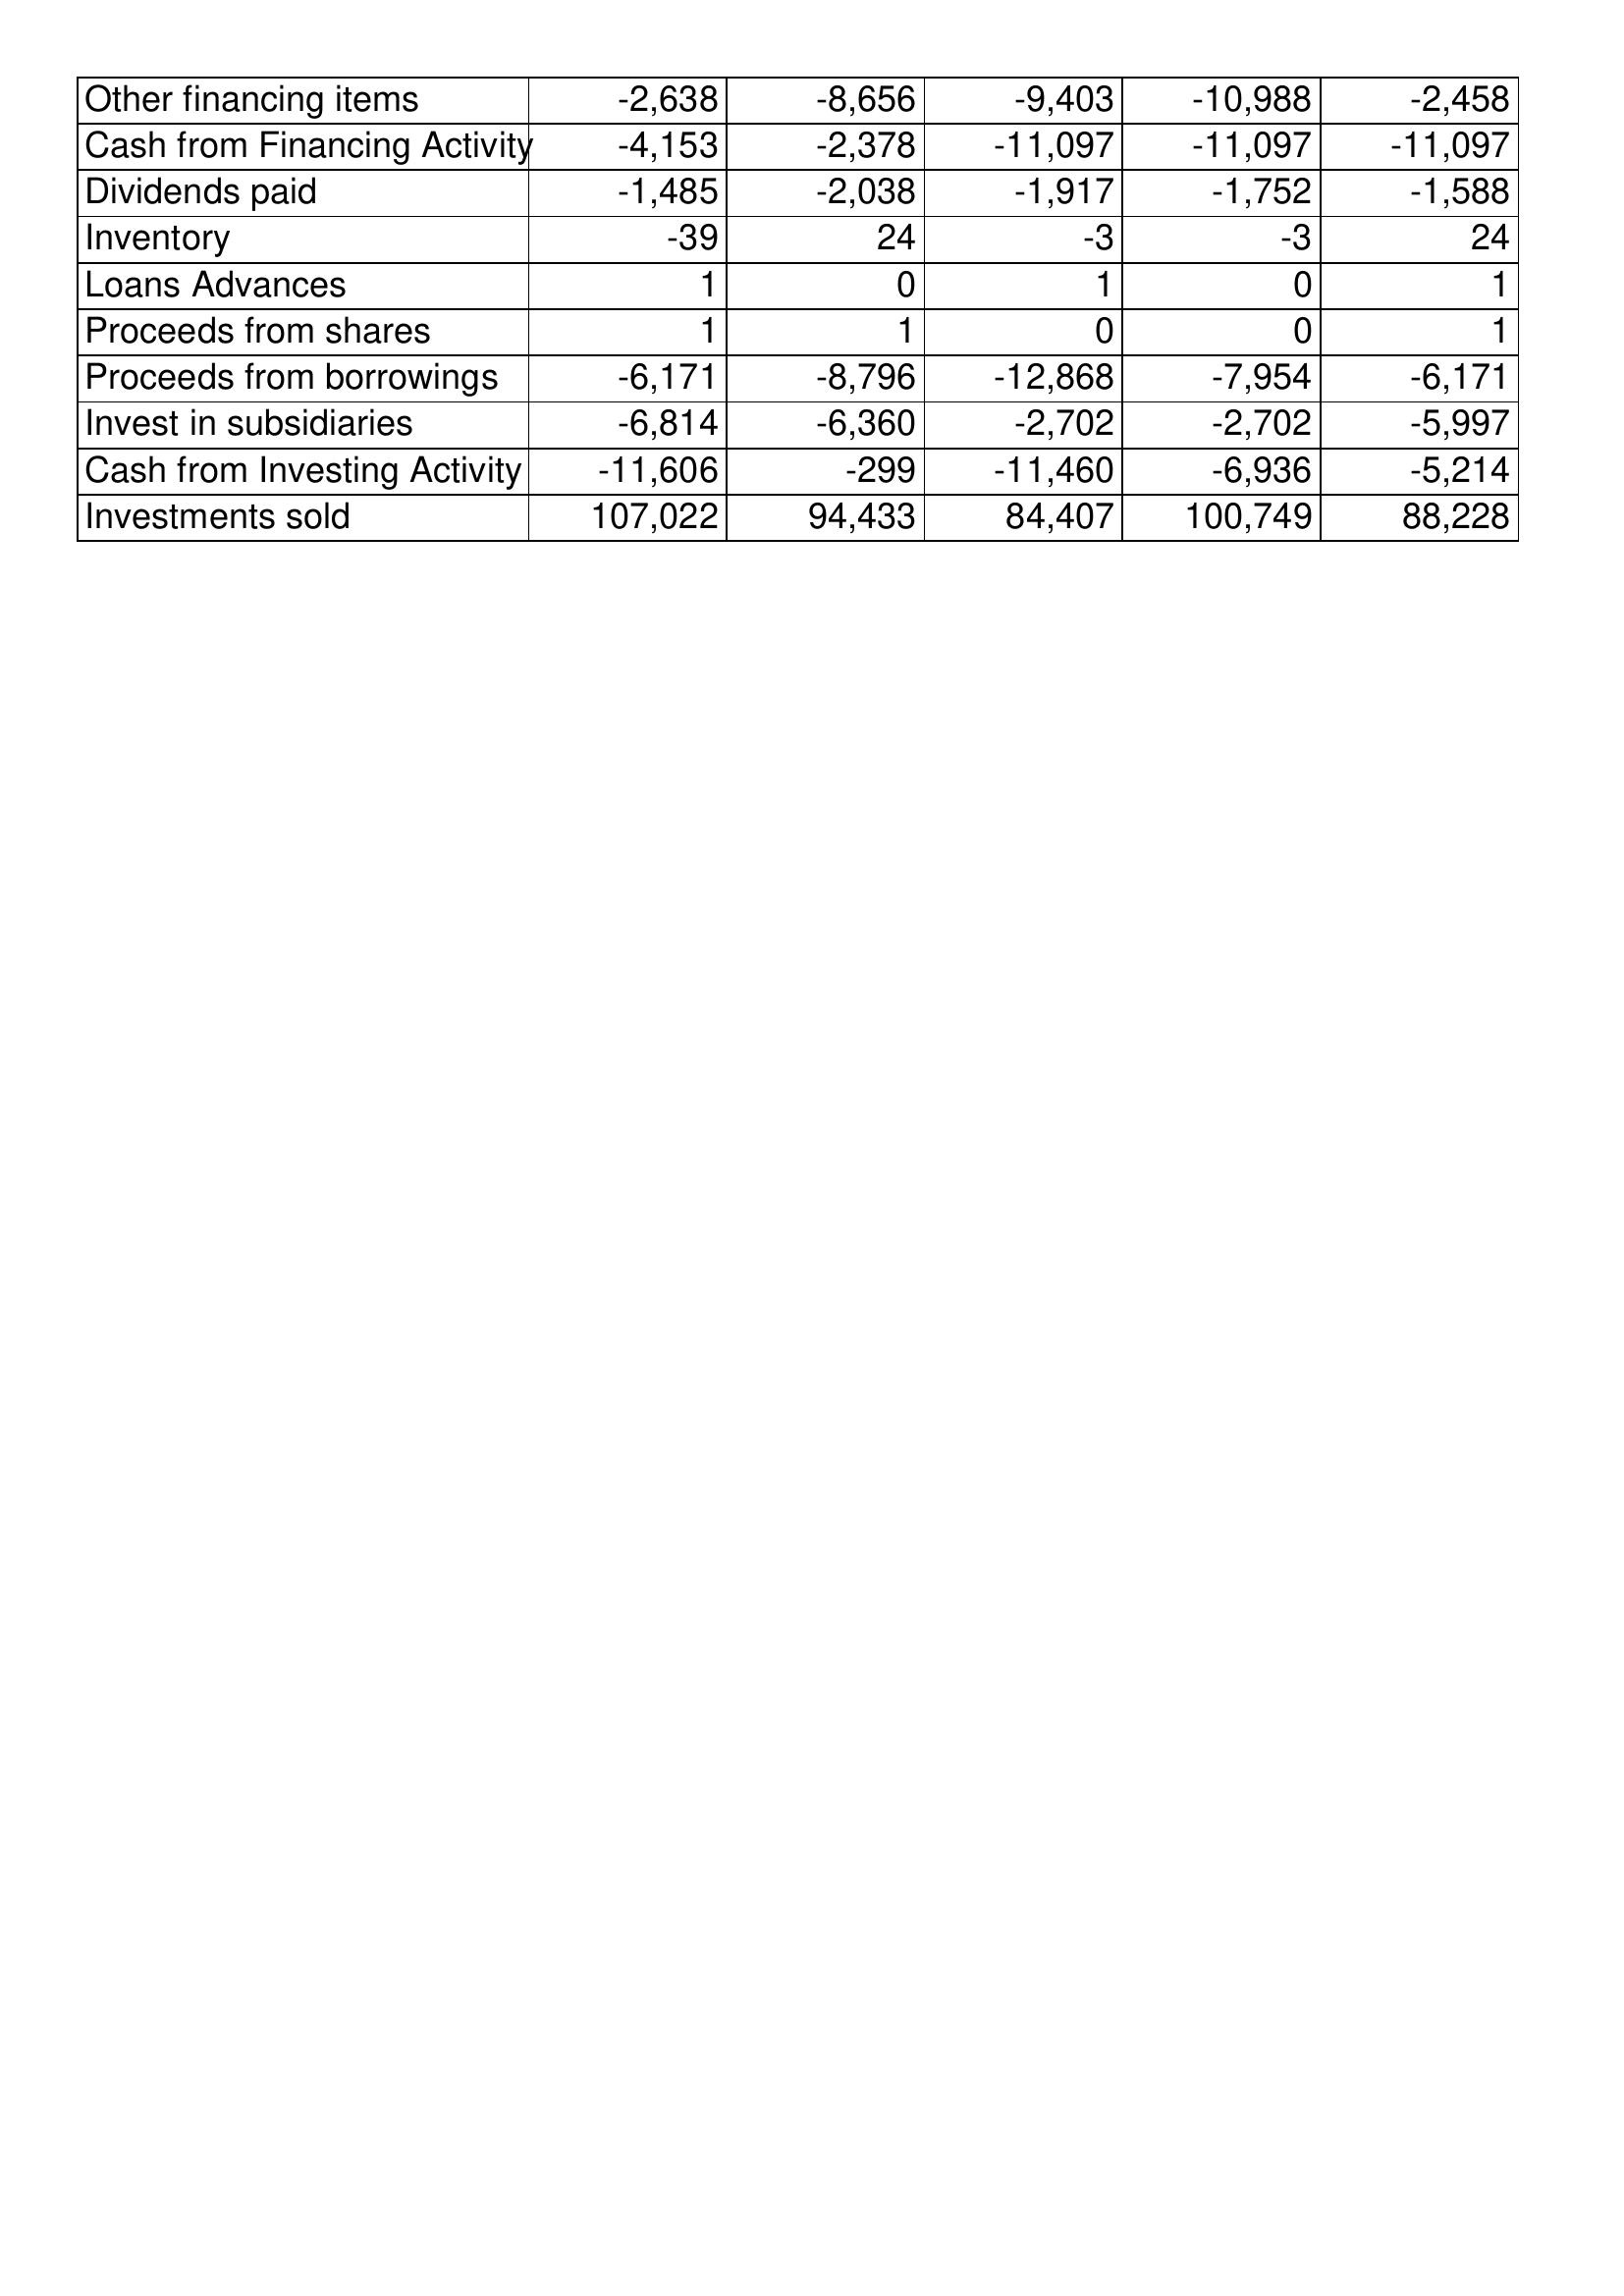
Apr-13: Cash Flows: Other financing items: -2,638
Cash from Financing Activity: -4,153
Dividends paid: -1,485
Inventory: -39
Loans Advances: 1
Proceeds from shares: 1
Proceeds from borrowings: -6,171
Invest in subsidiaries: -6,814
Cash from Investing Activity: -11,606
Investments sold: 107,022
Apr-12: Cash Flows: Other financing items: -8,656
Cash from Financing Activity: -2,378
Dividends paid: -2,038
Inventory: 24
Loans Advances: 0
Proceeds from shares: 1
Proceeds from borrowings: -8,796
Invest in subsidiaries: -6,360
Cash from Investing Activity: -299
Investments sold: 94,433
Apr-11: Cash Flows: Other financing items: -9,403
Cash from Financing Activity: -11,097
Dividends paid: -1,917
Inventory: -3
Loans Advances: 1
Proceeds from shares: 0
Proceeds from borrowings: -12,868
Invest in subsidiaries: -2,702
Cash from Investing Activity: -11,460
Investments sold: 84,407
Apr-10: Cash Flows: Other financing items: -10,988
Cash from Financing Activity: -11,097
Dividends paid: -1,752
Inventory: -3
Loans Advances: 0
Proceeds from shares: 0
Proceeds from borrowings: -7,954
Invest in subsidiaries: -2,702
Cash from Investing Activity: -6,936
Investments sold: 100,749
Apr-09: Cash Flows: Other financing items: -2,458
Cash from Financing Activity: -11,097
Dividends paid: -1,588
Inventory: 24
Loans Advances: 1
Proceeds from shares: 1
Proceeds from borrowings: -6,171
Invest in subsidiaries: -5,997
Cash from Investing Activity: -5,214
Investments sold: 88,228